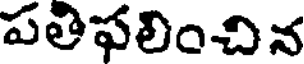
పతిఫలించిన